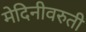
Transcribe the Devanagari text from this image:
मेदिनीवरुती